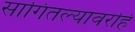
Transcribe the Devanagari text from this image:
सांगितल्यावरहि